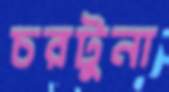
চরটুনা